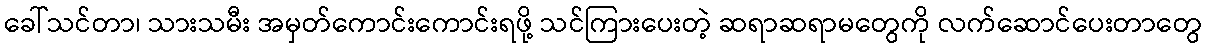
ခေါ်သင်တာ၊ သားသမီး အမှတ်ကောင်းကောင်းရဖို့ သင်ကြားပေးတဲ့ ဆရာဆရာမတွေကို လက်ဆောင်ပေးတာတွေ